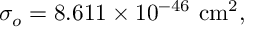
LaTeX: \sigma _ { o } = 8 . 6 1 1 \times 1 0 ^ { - 4 6 } ~ \mathrm { c m } ^ { 2 } ,